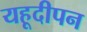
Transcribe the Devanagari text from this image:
यहूदीपन